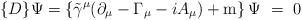
LaTeX: \begin{align*}\{D\}\Psi =\left\{ {\tilde \gamma }^\mu (\partial _\mu -\Gamma_\mu -iA_\mu )+{\rm m}\right\} \Psi ~=~0\end{align*}